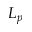
L _ { p }